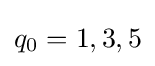
q_{0}=1,3,5